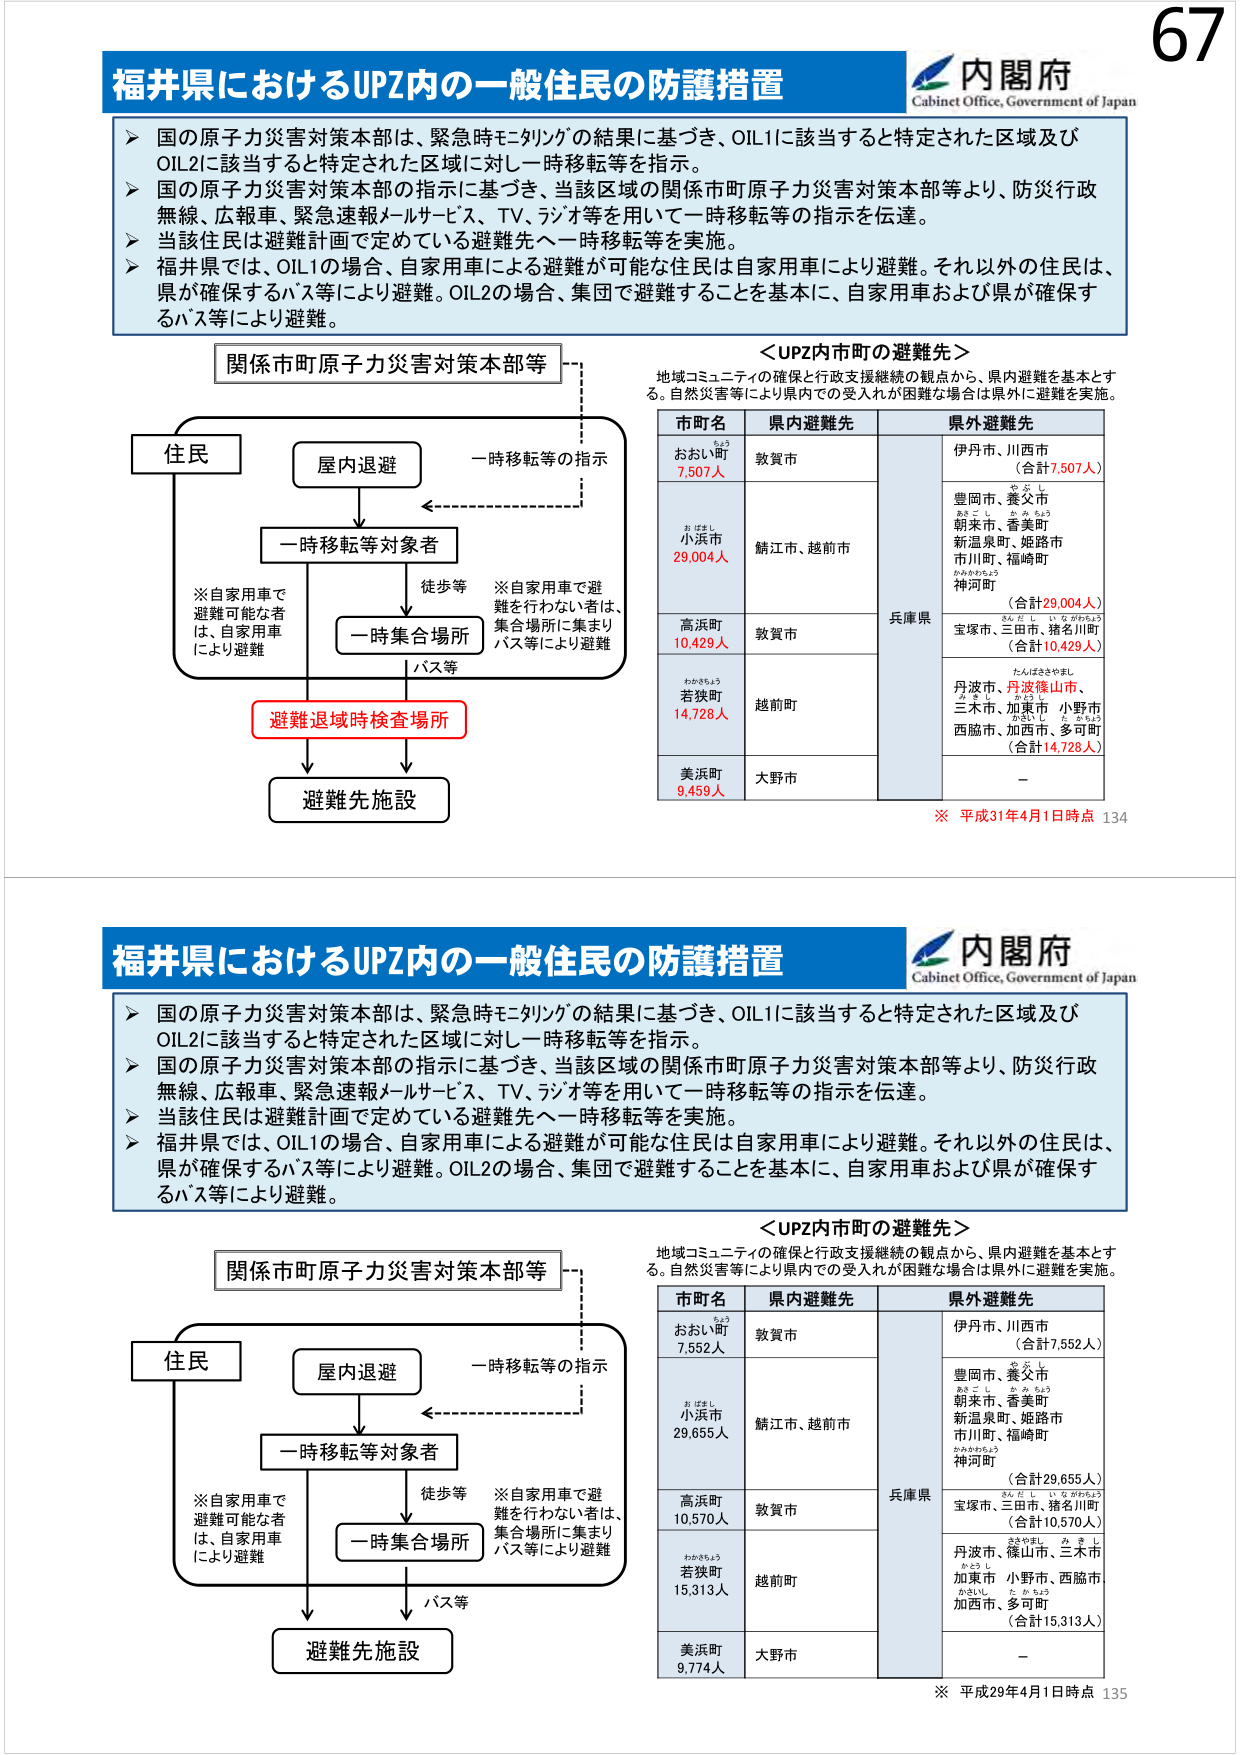
福井県におけるUPZ内の一一般住民の防護措置
内閣府
Cabinet Office, Government of Japan
国の原子力災害対策本部は、緊急時モニタリングの結果に基づき、OIL1に該当すると特定された区域及び
OIL2に該当すると特定された区域に対し一時移転等を指示。
国の原子力災害対策本部の指示に基づき、当該区域の関係市町原子力災害対策本部等より、防災行政
無線、広報車、緊急速報メールサービス、TV、ラジオ等を用いて一時移転等の指示を伝達。
当該住民は避難計画で定めている避難先へ一時移転等を実施。
福井県では、OIL1の場合、自家用車による避難が可能な住民は自家用車により避難。それ以外の住民は、
県が確保するバス等により避難。OIL2の場合、集団で避難することを基本に、自家用車および県が確保す
るバス等により避難。
関係市町原子力災害対策本部等
住民
屋内退避
一時移転等の指示
一時移転等対象者
※自家用車で
避難可能な者
は、自家用車
により避難
徒歩等
一時集合場所
※自家用車で避
難を行わない者は、
集合場所に集まり
バス等により避難
避難退域時検査場所
バス等
避難先施設
＜UPZ内市町の避難先＞
地域コミュニティの確保と行政支援継続の観点から、県内避難を基本とす
る。自然災害等により県内での受入れが困難な場合は県外に避難を実施。
市町名
県内避難先
県外避難先
おおい町
7.507人
敦賀市
伊丹市、川西市
（合計7,507人）
小浜市
29.004人
鯖江市、越前市
兵庫県
豊岡市、養父市
朝来市、香美町
新温泉町、姫路市
市川町、福崎町
神河町
（合計29,004人）
高浜町
10,429人
敦賀市
宝塚市、三田市、猪名川町
（合計10,429人）
若狭町
14,728人
越前町
丹波市、丹波篠山市、
三木市、加東市、小野市
西脇市、加西市、多可町
（合計14,728人）
美浜町
9,459人
大野市
ー
※ 平成31年4月1日時点 134
福井県におけるUPZ内の一一般住民の防護措置
内閣府
Cabinet Office, Government of Japan
国の原子力災害対策本部は、緊急時モニタリングの結果に基づき、OIL1に該当すると特定された区域及び
OIL2に該当すると特定された区域に対し一時移転等を指示。
国の原子力災害対策本部の指示に基づき、当該区域の関係市町原子力災害対策本部等より、防災行政
無線、広報車、緊急速報メールサービス、TV、ラジオ等を用いて一時移転等の指示を伝達。
当該住民は避難計画で定めている避難先へ一時移転等を実施。
福井県では、OIL1の場合、自家用車による避難が可能な住民は自家用車により避難。それ以外の住民は、
県が確保するバス等により避難。OIL2の場合、集団で避難することを基本に、自家用車および県が確保す
るバス等により避難。
関係市町原子力災害対策本部等
住民
屋内退避
一時移転等の指示
一時移転等対象者
※自家用車で
避難可能な者
は、自家用車
により避難
徒歩等
一時集合場所
※自家用車で避
難を行わない者は、
集合場所に集まり
バス等により避難
バス等
避難先施設
＜UPZ内市町の避難先＞
地域コミュニティの確保と行政支援継続の観点から、県内避難を基本とす
る。自然災害等により県内での受入れが困難な場合は県外に避難を実施。
市町名
県内避難先
県外避難先
おおい町
7,552人
敦賀市
伊丹市、川西市
（合計7,552人）
小浜市
29,655人
鯖江市、越前市
兵庫県
豊岡市、養父市
朝来市、香美町
新温泉町、姫路市
市川町、福崎町
神河町
（合計29,655人）
高浜町
10,570人
敦賀市
宝塚市、三田市、猪名川町
（合計10,570人）
若狭町
15,313人
越前町
丹波市、篠山市、三木市
加東市、小野市、西脇市
加西市、多可町
（合計15,313人）
美浜町
9,774人
大野市
ー
※ 平成29年4月1日時点 135